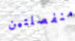
منفصلتين